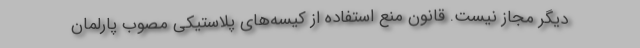
دیگر مجاز نیست. قانون منع استفاده از کیسه‌های پلاستیکی مصوب پارلمان